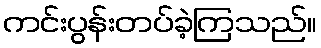
ကင်းပွန်းတပ်ခဲ့ကြသည်။